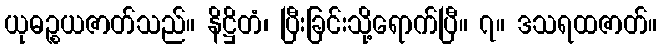
ယုဓဉ္စယဇာတ်သည်။ နိဋ္ဌိတံ၊ ပြီးခြင်းသို့ရောက်ပြီ။ ၇။ ဒသရထဇာတ်။